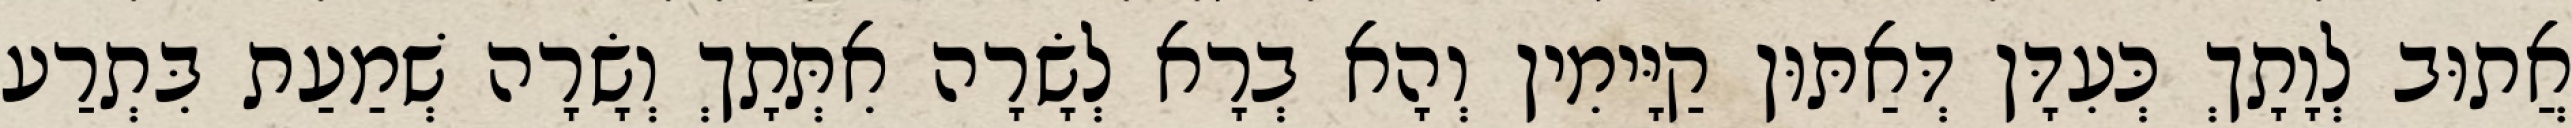
אֲתוּב לְוָתָךְ כְּעִדָּן דְּאַתּוּן קַיָּימִין וְהָא בְרָא לְשָׂרָה אִתְּתָךְ וְשָׂרָה שְׁמַעַת בִּתְרַע